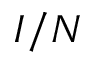
I / N